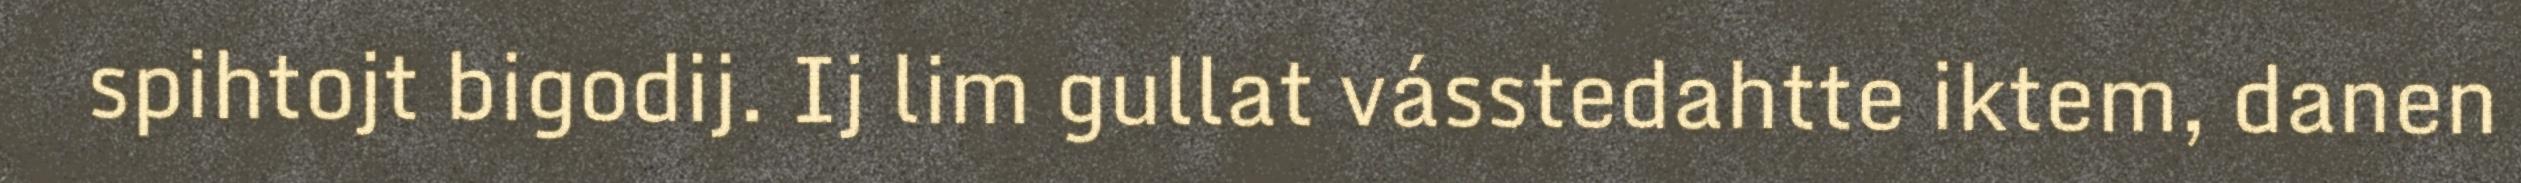
spihtojt bigodij. Ij lim gullat vásstedahtte iktem, danen